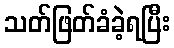
သတ်ဖြတ်ခံခဲ့ရပြီး